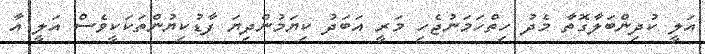
އަލީ ކުދިންބަލާގޮތާ މެދު ހިތްހަމަނުޖެހި މަރީ އަބަދު ކިޔަމުންދިޔަ ފާޑުކިޔުންތަކަކީވެސް އަލީ އާ